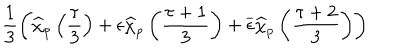
LaTeX: \frac { 1 } { 3 } \left( \widehat { \chi } _ { p } \left( \frac { \tau } { 3 } \right) + \epsilon \widehat { \chi } _ { p } \left( \frac { \tau + 1 } { 3 } \right) + \overline { { { \epsilon } } } \widehat { \chi } _ { p } \left( \frac { \tau + 2 } { 3 } \right) \right)